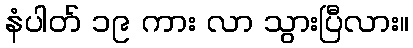
နံပါတ် ၁၉ ကား လာ သွားပြီလား။